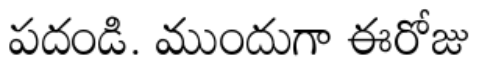
పదండి. ముందుగా ఈరోజు